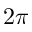
2 \pi